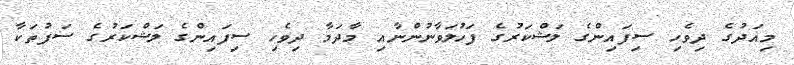
މިއަދުގެ ދިވެހި ސިފައިންގެ ލަޝްކަރުގެ ފަހުލަވާނުންނާއި މާދަމާ ދިވެހި ސިފައިންގެ ލަޝްކަރުގެ ސަފުތަކާ